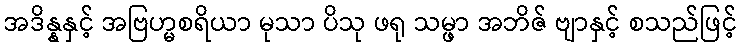
အဒိန္နနှင့် အဗြဟ္မစရိယာ မုသာ ပိသု ဖရု သမ္ဖာ အဘိဇ် ဗျာနှင့် စသည်ဖြင့်